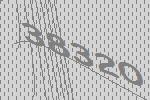
38320